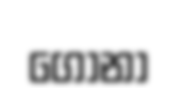
ගොනා